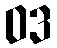
ဝဒ